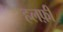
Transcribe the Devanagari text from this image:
हलफ़ी